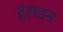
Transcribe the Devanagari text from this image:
हंसडन